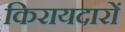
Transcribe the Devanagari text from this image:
किरायदारों